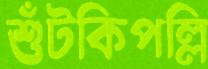
শুঁটকিপল্লি